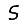
Digit: 5